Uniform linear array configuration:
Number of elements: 16
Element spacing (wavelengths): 1
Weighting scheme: binomial
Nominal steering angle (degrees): -30
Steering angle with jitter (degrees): -30.764
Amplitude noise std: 0.05
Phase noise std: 0.05

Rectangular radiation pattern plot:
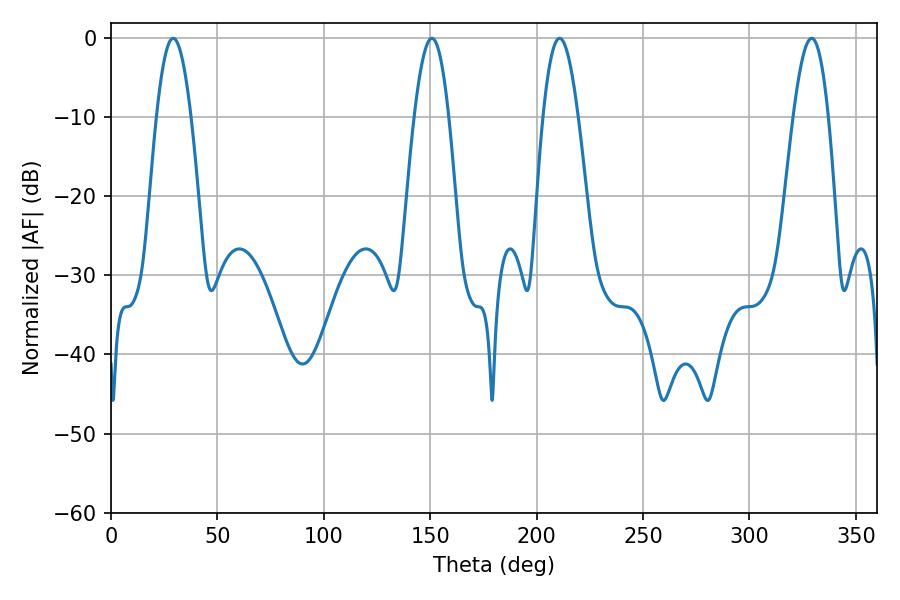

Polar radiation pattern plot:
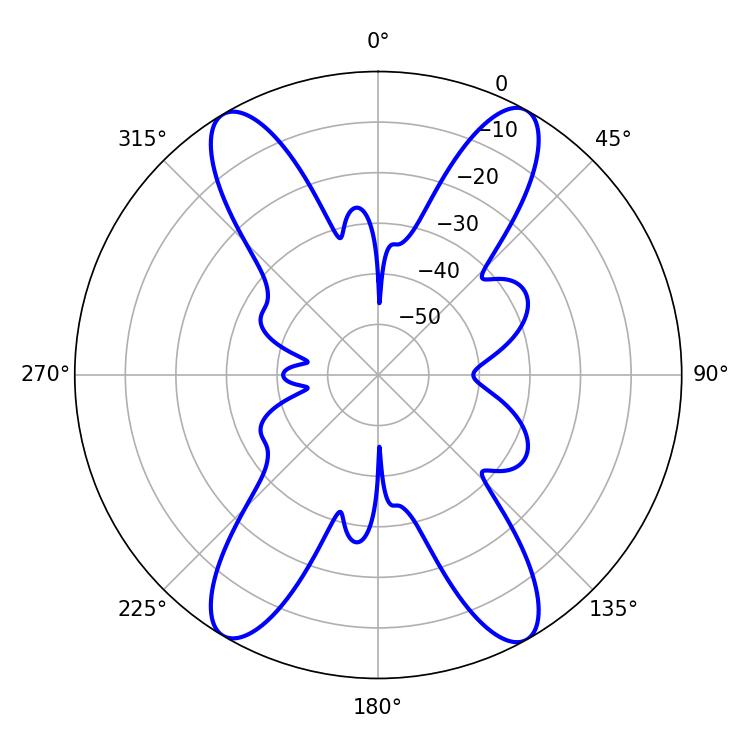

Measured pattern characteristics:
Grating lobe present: TRUE
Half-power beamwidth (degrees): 9
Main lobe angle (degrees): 210.78